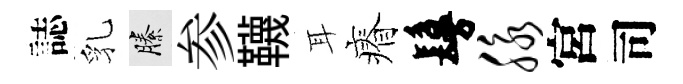
誌乳縢参韈耳瘠鬘脉宮司